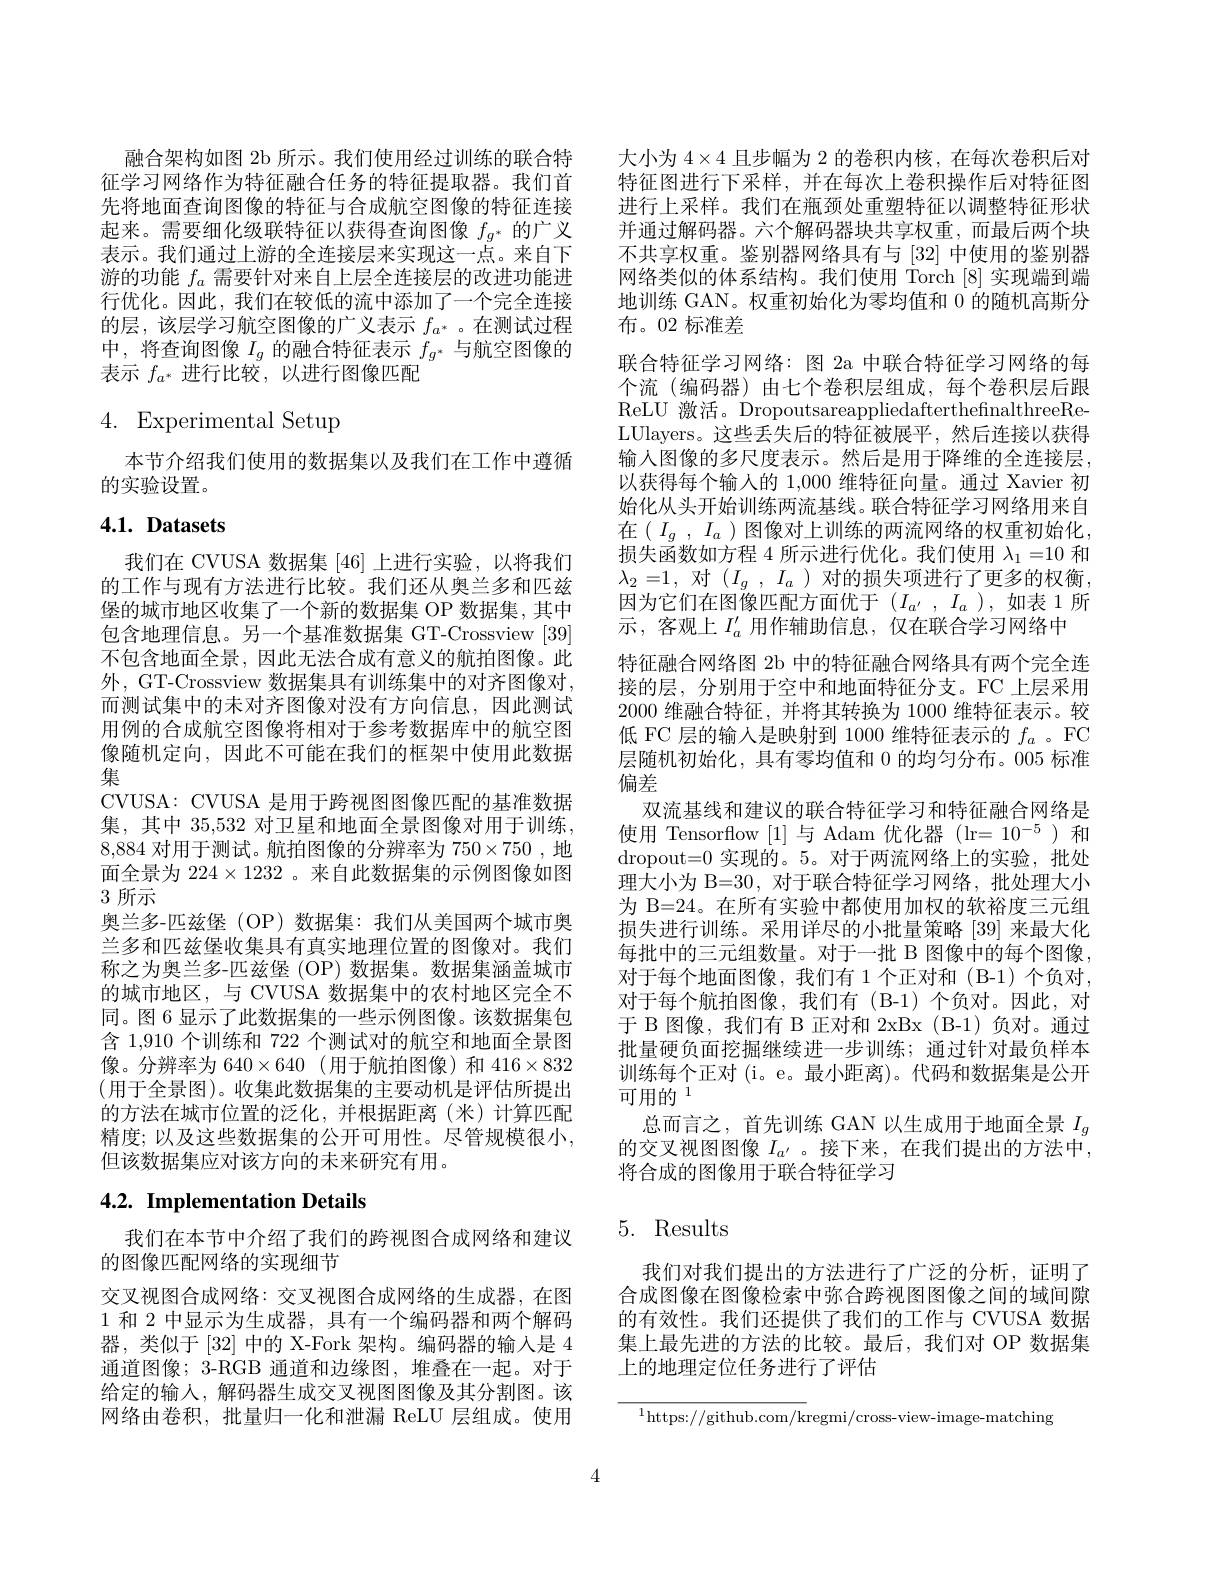
融合架构如图 2b 所示。我们使用经过训练的联合特征学习网络作为特征融合任务的特征提取器。我们首先将地面查询图像的特征与合成航空图像的特征连接起来。需要细化级联特征以获得查询图像$f_g^*$的广义表示。我们通过上游的全连接层来实现这一点。来自下游的功能$f_a$需要针对来自上层全连接层的改进功能进行优化。因此，我们在较低的流中添加了一个完全连接的层，该层学习航空图像的广义表示$f_{a^*}$ 。在测试过程中，将查询图像$I_g$的融合特征表示$f_g^*$与航空图像的表示$f_{a^*}$进行比较，以进行图像匹配

# 4. Experimental Setup

本节介绍我们使用的数据集以及我们在工作中遵循
的实验设置。

## $4. 1. \textbf{ Datasets}$

我们在 CVUSA 数据集 [46] 上进行实验，以将我们的工作与现有方法进行比较。我们还从奥兰多和匹兹堡的城市地区收集了一个新的数据集 OP 数据集，其中包含地理信息。另一个基准数据集 GT-Crossview [39] 不包含地面全景，因此无法合成有意义的航拍图像。此外，GT-Crossview 数据集具有训练集中的对齐图像对， 而测试集中的未对齐图像对没有方向信息，因此测试用例的合成航空图像将相对于参考数据库中的航空图像随机定向，因此不可能在我们的框架中使用此数据集
CVUSA: CVUSA 是用于跨视图图像匹配的基准数据集，其中 35,532 对卫星和地面全景图像对用于训练， 8,884对用于测试。航拍图像的分辨率为$750\times750$ ,地面全景为 224$\times1232$ 。来自此数据集的示例图像如图3 所示
奥兰多-匹兹堡 (OP)数据集：我们从美国两个城市奥兰多和匹兹堡收集具有真实地理位置的图像对。我们称之为奥兰多-匹兹堡 (OP) 数据集。数据集涵盖城市的城市地区，与 CVUSA 数据集中的农村地区完全不同。图 6 显示了此数据集的一些示例图像。该数据集包含 1,910 个训练和 722 个测试对的航空和地面全景图像。分辨率为$640\times640$ (用于航拍图像)和$416\times832$ (用于全景图)。收集此数据集的主要动机是评估所提出的方法在城市位置的泛化，并根据距离(米)计算匹配精度；以及这些数据集的公开可用性。尽管规模很小， 但该数据集应对该方向的未来研究有用。

# 4.2. Implementation Details

我们在本节中介绍了我们的跨视图合成网络和建议
的图像匹配网络的实现细节
交叉视图合成网络：交叉视图合成网络的生成器，在图1 和 2 中显示为生成器，具有一个编码器和两个解码器，类似于[32] 中的 X-Fork 架构。编码器的输入是 4通道图像；3-RGB 通道和边缘图，堆叠在一起。对于给定的输入，解码器生成交叉视图图像及其分割图。该网络由卷积，批量归一化和泄漏 ReLU 层组成。使用

大小为$4\times4$且步幅为 2 的卷积内核，在每次卷积后对特征图进行下采样，并在每次上卷积操作后对特征图进行上采样。我们在瓶颈处重塑特征以调整特征形状并通过解码器。六个解码器块共享权重，而最后两个块不共享权重。鉴别器网络具有与[32]中使用的鉴别器网络类似的体系结构。我们使用$\dot{\mathrm{Torch~[8]}}$实现端到端地训练 GAN。权重初始化为零均值和 0 的随机高斯分布。02 标准差
联合特征学习网络：图 2a 中联合特征学习网络的每个流 (编码器)由七个卷积层组成，每个卷积层后跟ReLU 激活。DropoutsareappliedafterthefnalthreeReLUlayers。这些丢失后的特征被展平，然后连接以获得输人图像的多尺度表示。然后是用于降维的全连接层， 以获得每个输人的 1,000 维特征向量。通过 Xavier 初始化从头开始训练两流基线。联合特征学习网络用来自在$( I_g$ , $I_a$ ) 图像对上训练的两流网络的权重初始化， 损失函数如方程 4 所示进行优化。我们使用$\lambda_1=10$和$\lambda_2=1$,对$( I_g$ , $I_a$ )对的损失项进行了更多的权衡， 因为它们在图像匹配方面优于$(I_{a^{\prime}},I_a)$,如表 1 所示，客观上$I_a^{\prime}$用作辅助信息，仅在联合学习网络中
特征融合网络图 2b 中的特征融合网络具有两个完全连接的层，分别用于空中和地面特征分支。FC 上层采用2000 维融合特征，并将其转换为 1000 维特征表示。较低 FC 层的输入是映射到 1000 维特征表示的$f_a$ 。FC 层随机初始化，具有零均值和 0 的均匀分布。005 标准偏差
双流基线和建议的联合特征学习和特征融合网络是使用 Tensorflow [1]与 Adam 优化器 (lr= 10$^-5$ )和dropout=0 实现的。5。对于两流网络上的实验，批处理大小为 B=30, 对于联合特征学习网络，批处理大小为 B=24。在所有实验中都使用加权的软裕度三元组损失进行训练。采用详尽的小批量策略[39]来最大化每批中的三元组数量。对于一批 B 图像中的每个图像， 对于每个地面图像，我们有 1 个正对和 (B-1) 个负对， 对于每个航拍图像，我们有(B-1)个负对。因此，对于 B 图像，我们有 B 正对和 2xBx (B-1)负对。通过批量硬负面挖掘继续进一步训练；通过针对最负样本训练每个正对(i。e。最小距离)。代码和数据集是公开可用的$^{1}$
总而言之，首先训练 GAN 以生成用于地面全景$I_g$ 的交叉视图图像 $I_{a^{\prime}}$ 。接下来，在我们提出的方法中， 将合成的图像用于联合特征学习

## 5. Results

我们对我们提出的方法进行了广泛的分析，证明了合成图像在图像检索中弥合跨视图图像之间的域间隙的有效性。我们还提供了我们的工作与 CVUSA 数据集上最先进的方法的比较。最后，我们对 OP 数据集上的地理定位任务进行了评估

$^{1}$https://github.com/kregmi/cross-view-image-matching

4